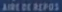
AIDE DE REPOR